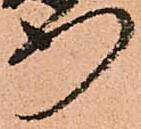
行